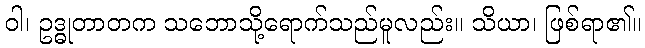
ဝါ၊ ဥဒ္ဓုတာတက သဘောသို့ရောက်သည်မူလည်း။ သိယာ၊ ဖြစ်ရာ၏။